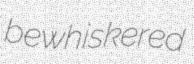
bewhiskered